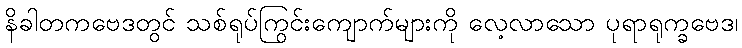
နိခါတကဗေဒတွင် သစ်ရုပ်ကြွင်းကျောက်များကို လေ့လာသော ပုရာရုက္ခဗေဒ၊